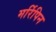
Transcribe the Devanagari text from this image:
मर्रिपिन